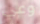
وعي